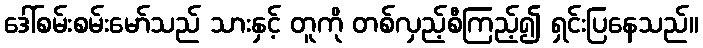
ဒေါ်စမ်းစမ်းမော်သည် သားနှင့် တူကို တစ်လှည့်စီကြည့်၍ ရှင်းပြနေသည်။